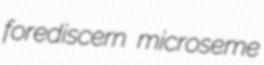
forediscern microseme